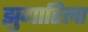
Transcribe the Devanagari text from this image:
झुगारिला